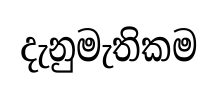
දැනුමැතිකම